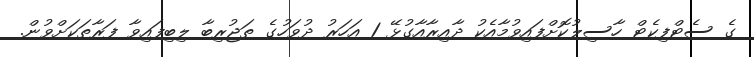
ގެ ސެޓްފިކެޓް ހާސިލުކޮށްފައިވުމާއެކު ދާއިރާއާގުޅޭ 1 އަހަރު ދުވަހުގެ ތަޖުރިބާ ލިބިފައިވާ ފަރާތަކަށްވުން.